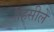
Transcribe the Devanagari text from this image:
तहसीलेँ